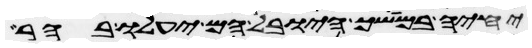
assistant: יחיה במושך היובל הם יעלו בהר